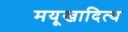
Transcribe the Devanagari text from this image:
मयूखादित्य